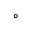
^ \circ